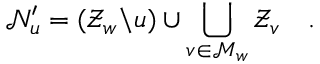
\mathcal { N } _ { u } ^ { \prime } = ( \mathcal { Z } _ { w } \backslash u ) \cup \bigcup _ { v \in \mathcal { M } _ { w } } \mathcal { Z } _ { v } \quad .